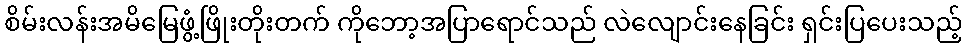
စိမ်းလန်းအမိမြေဖွံ့ဖြိုးတိုးတက် ကိုဘော့အပြာရောင်သည် လဲလျောင်းနေခြင်း ရှင်းပြပေးသည့်